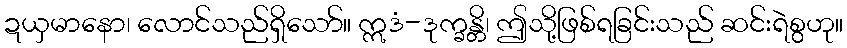
ဍယှမာနော၊ လောင်သည်ရှိသော်။ ဣဒံ-ဒုက္ခန္တိ၊ ဤသို့ဖြစ်ရခြင်းသည် ဆင်းရဲစွဟု။